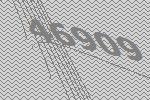
46909